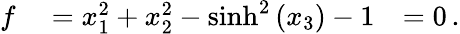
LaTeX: \begin{array}{rlr}{f}&{{}=x_{1}^{2}+x_{2}^{2}-\sinh^{2}\left(x_{3}\right)-1}&{=0\, .}\end{array}